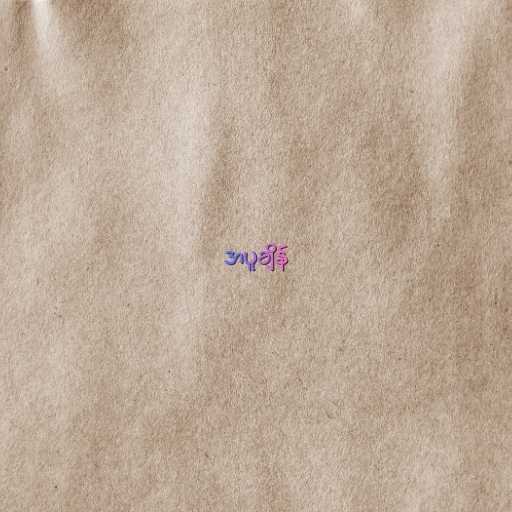
အပူချိန်